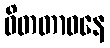
ဝိတတာဝနေ